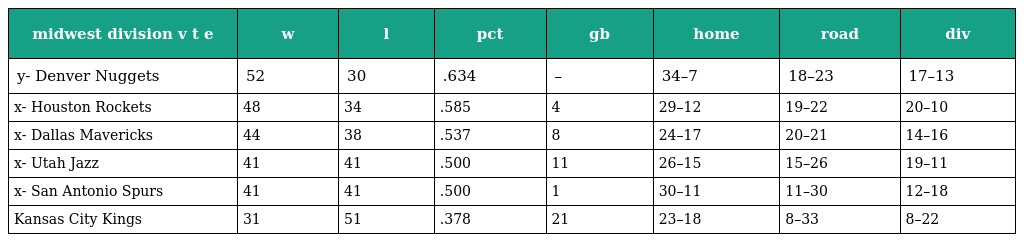
| midwest division v t e | w | l | pct | gb | home | road | div |
 | --- | --- | --- | --- | --- | --- | --- | --- |
 | y- Denver Nuggets | 52 | 30 | .634 | – | 34–7 | 18–23 | 17–13 |
 | x- Houston Rockets | 48 | 34 | .585 | 4 | 29–12 | 19–22 | 20–10 |
 | x- Dallas Mavericks | 44 | 38 | .537 | 8 | 24–17 | 20–21 | 14–16 |
 | x- Utah Jazz | 41 | 41 | .500 | 11 | 26–15 | 15–26 | 19–11 |
 | x- San Antonio Spurs | 41 | 41 | .500 | 1 | 30–11 | 11–30 | 12–18 |
 | Kansas City Kings | 31 | 51 | .378 | 21 | 23–18 | 8–33 | 8–22 |